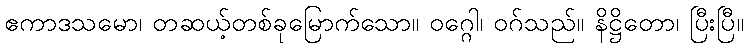
ဧကာဒသမော၊ တဆယ့်တစ်ခုမြောက်သော။ ဝဂ္ဂေါ၊ ဝဂ်သည်။ နိဋ္ဌိတော၊ ပြီးပြီ။